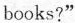
books?"